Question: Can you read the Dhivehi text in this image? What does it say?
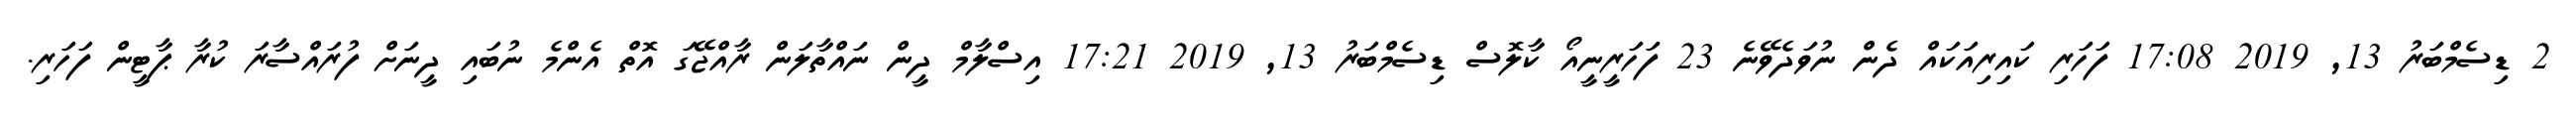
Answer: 2 ޑިސެމްބަރު 13, 2019 17:08 ފަހަރި ކައިރިއަކައް ދެން ނުވަދެވޭނެ 23 ފަހަރީނީއޯ ކާލޮސް ޑިސެމްބަރު 13, 2019 17:21 އިސްލާމް ދީން ނައްތާލަން ރާއްޖޭގަ އޮތް އެންމެ ނުބައި ދީނަށް ފުރައްސާރަ ކުރާ ޕާޓީން ފަހަރި.